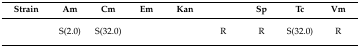
<table><thead><tr><td><b>Strain</b></td><td><b>Am</b></td><td><b>Cm</b></td><td><b>Em</b></td><td><b>Kan</b></td><td>[EMPTY_CELL]</td><td><b>Sp</b></td><td><b>Tc</b></td><td><b>Vm</b></td></tr></thead><tbody><tr><td>[EMPTY_CELL]</td><td>S(2.0)</td><td>S(32.0)</td><td>[EMPTY_CELL]</td><td>[EMPTY_CELL]</td><td>R</td><td>R</td><td>S(32.0)</td><td>R</td></tr></tbody></table>